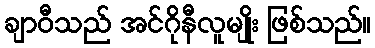
ချာဝီသည် အင်ဂိုနီလူမျိုး ဖြစ်သည်။